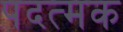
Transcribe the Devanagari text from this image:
पदत्मक